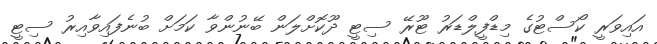
އައިވަރީ ކޯސްޓުގެ މިޑްފީލްޑަރު ޓޫރޭ ސިޓީ ދޫކޮށްލަން ބޭނުންވާ ކަމަށް ބުނެފައިވާއިރު ސިޓީ